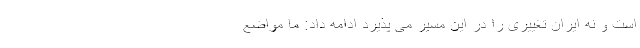
است و نه ایران تغییری را در این مسیر می پذیرد ادامه داد: ما مواضع